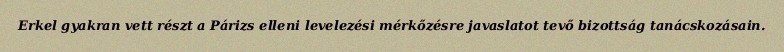
Erkel gyakran vett részt a Párizs elleni levelezési mérkőzésre javaslatot tevő bizottság tanácskozásain.